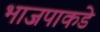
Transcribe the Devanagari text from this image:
भाजपाकडे